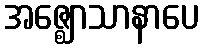
အဇ္ဈောသာနာပေ